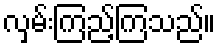
လှမ်းကြည့်ကြသည်။